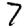
Digit: 7